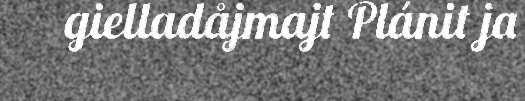
gielladåjmajt Plánit ja